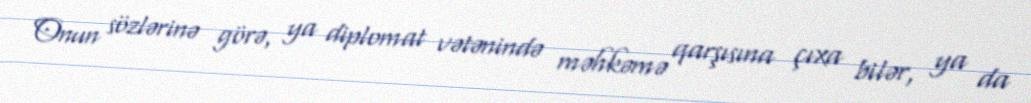
Onun sözlərinə görə, ya diplomat vətənində məhkəmə qarşısına çıxa bilər, ya da